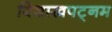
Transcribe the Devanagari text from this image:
विशाखपट्‌नम